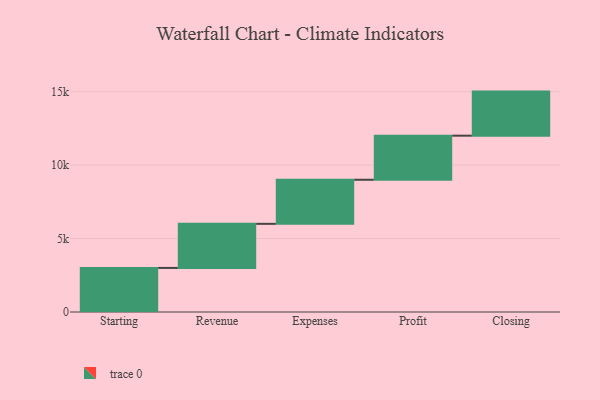
{"axis": {"x": "Step", "y": "Value"}, "legend": [""], "data": [{"x": "Starting", "y": 3000, "type": ""}, {"x": "Revenue", "y": 3000, "type": ""}, {"x": "Expenses", "y": 3000, "type": ""}, {"x": "Profit", "y": 3000, "type": ""}, {"x": "Closing", "y": 3000, "type": ""}]}